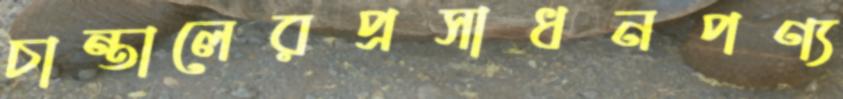
চান্তালেরপ্রসাধনপণ্য